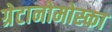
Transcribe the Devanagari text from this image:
ग्रेटानोमोस्का